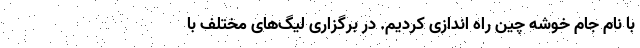
با نام جام خوشه چین راه اندازی کردیم. در برگزاری لیگ‌های مختلف با